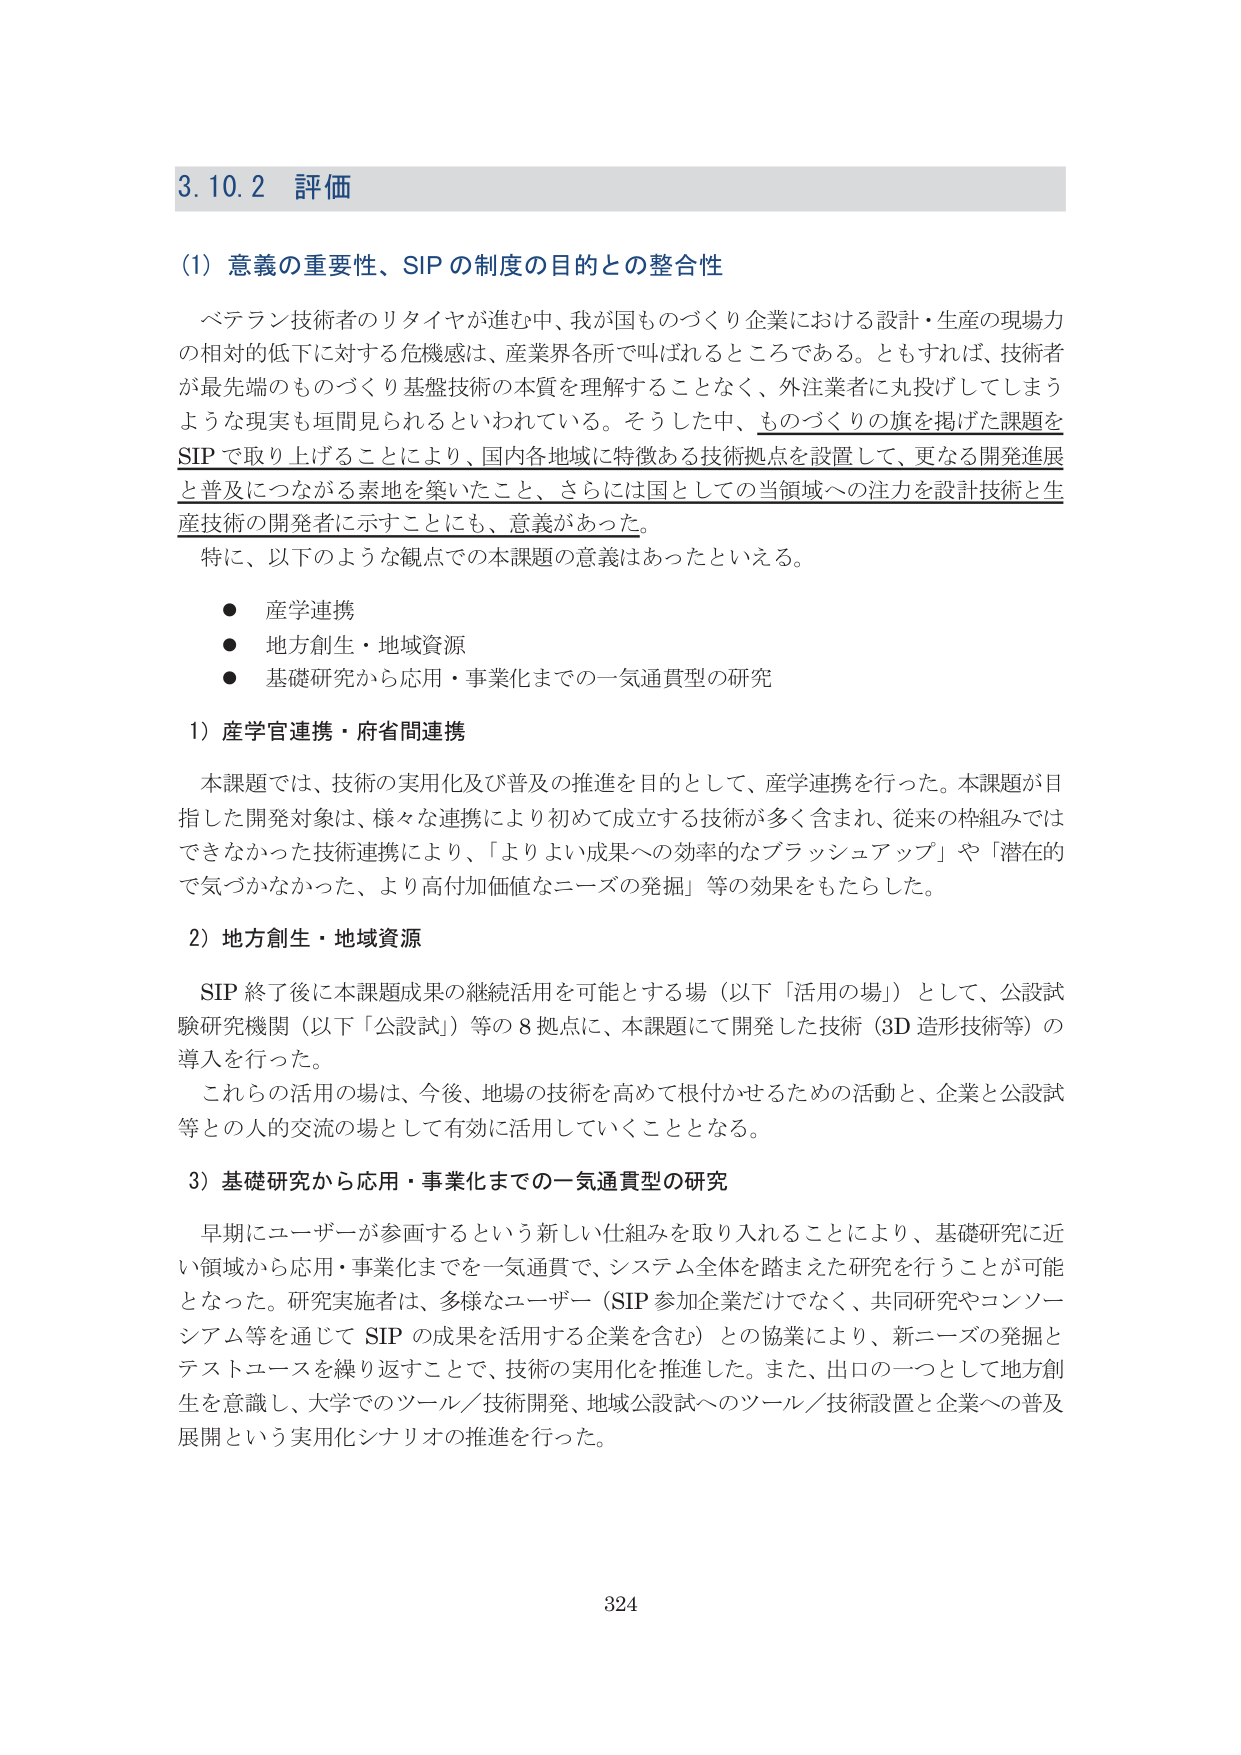
3.10.2 評価

(1) 意義の重要性、SIP の制度の目的との整合性

ベテラン技術者のリタイヤが進む中、我が国ものづくり企業における設計・生産の現場力の相対的低下に対する危機感は、産業界各所で叫ばれるところである。ともすれば、技術者が最先端のものづくり基盤技術の本質を理解することなく、外注業者に丸投げしてしまうような現実も垣間見られるといわれている。そうした中、ものづくりの旗を掲げた課題をSIPで取り上げることにより、国内各地域に特徴ある技術拠点を設置して、更なる開発進展と普及につながる素地を築いたこと、さらには国としての当領域への注力を設計技術と生産技術の開発者に示すことにも、意義があった。

特に、以下のような観点での本課題の意義はあったといえる。

● 産学連携
● 地方創生・地域資源
● 基礎研究から応用・事業化までの一気通貫型の研究

1) 産学官連携・府省間連携

本課題では、技術の実用化及び普及の推進を目的として、産学連携を行った。本課題が目指した開発対象は、様々な連携により初めて成立する技術が多く含まれ、従来の枠組みではできなかった技術連携により、「よりよい成果への効率的なブラッシュアップ」や「潜在的で気づかなかった、より高付加価値なニーズの発掘」等の効果をもたらした。

2) 地方創生・地域資源

SIP 終了後に本課題成果の継続活用を可能とする場（以下「活用の場」）として、公設試験研究機関（以下「公設試」）等の8拠点に、本課題にて開発した技術（3D造形技術等）の導入を行った。

これらの活用の場は、今後、地場の技術を高めて根付かせるための活動と、企業と公設試等との人的交流の場として有効に活用していくこととなる。

3) 基礎研究から応用・事業化までの一気通貫型の研究

早期にユーザーが参画するという新しい仕組みを取り入れることにより、基礎研究に近い領域から応用・事業化までを一気通貫で、システム全体を踏まえた研究を行うことが可能となった。研究実施者は、多様なユーザー（SIP参加企業だけでなく、共同研究やコンソーシアム等を通じてSIPの成果を活用する企業を含む）との協業により、新ニーズの発掘とテストユースを繰り返すことで、技術の実用化を推進した。また、出口の一つとして地方創生を意識し、大学でのツール／技術開発、地域公設試へのツール／技術設置と企業への普及展開という実用化シナリオの推進を行った。

324